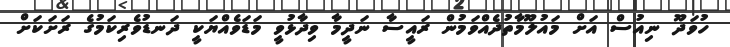
ހުވަދޫ ނިއުސް އަށް މައުލޫމާތުދެއްވަމުން ރައީސާ ނަދީމާ ވިދާޅުވީ މަޑަވެއްޔަކީ ދަނޑުވެރިކަމުގެ ރަށަކަށް